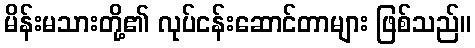
မိန်းမသားတို့၏ လုပ်ငန်းဆောင်တာများ ဖြစ်သည်။